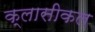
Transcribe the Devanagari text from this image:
क्लासीकल